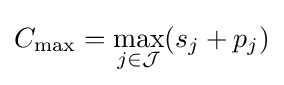
C_{\max }=\max _{j\in {\mathcal {J}}}(s_{j}+p_{j})